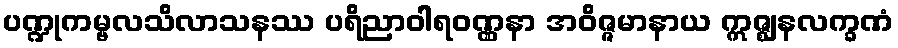
ပဏ္ဍုကမ္ဗလသိလာသနဿ ပရိညာဝါရဝဏ္ဏနာ အဝိဇ္ဇမာနာယ ဣဇ္ဈနလက္ခဏံ